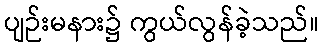
ပျဉ်းမနား၌ ကွယ်လွန်ခဲ့သည်။